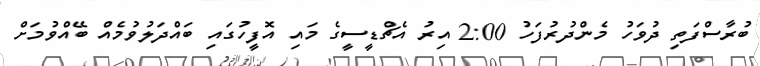
ބުރާސްފަތި ދުވަހު މެންދުރުފަހު 2:00 އިރު އެޗްޑީސީގެ މައި އޮފީހުގައި ބައްދަލުވުމެއް ބޭއްވުމަށް